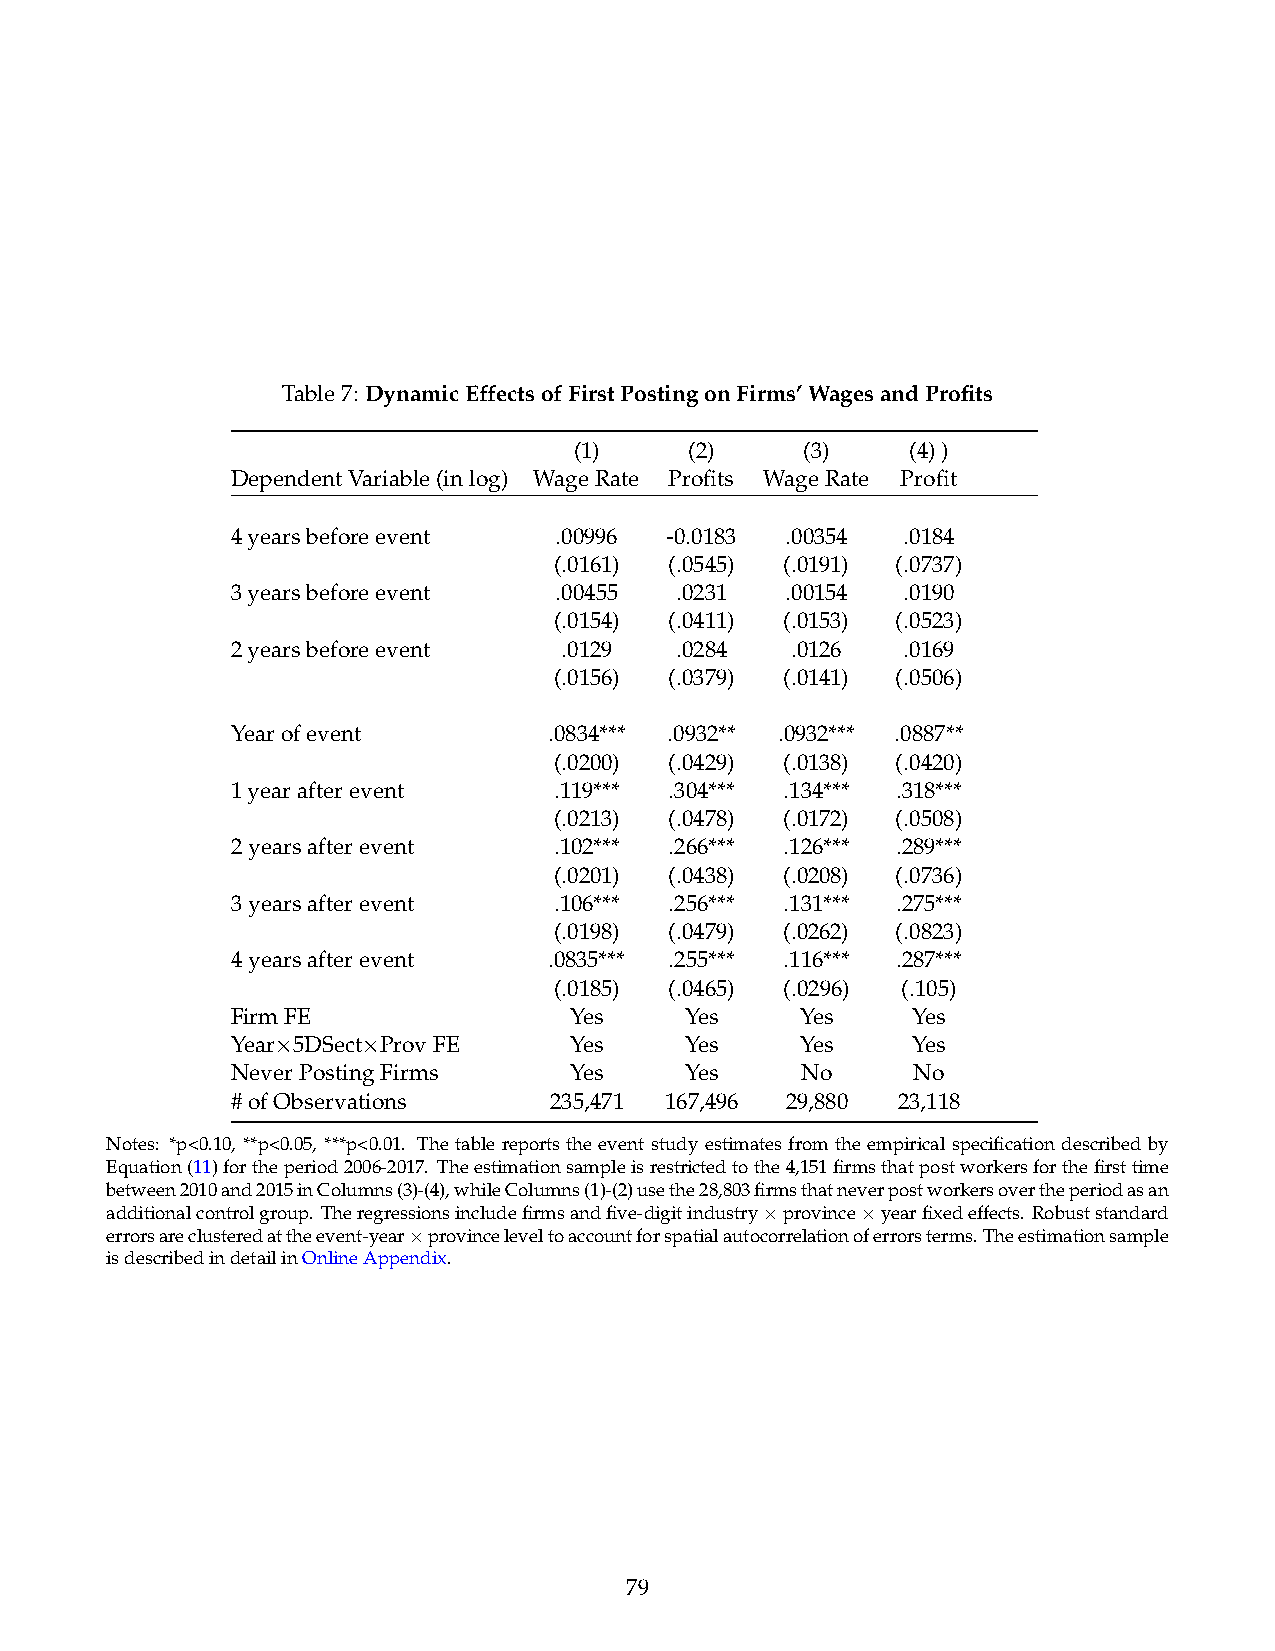
Table7: DynamicEffectsofFirstPostingonFirms’WagesandProfits
 (1)     (2)    (3)    (4))
 DependentVariable(inlog) WageRate Profits WageRate Profit
 4yearsbeforeevent     .00996 -0.0183 .00354  .0184
 (.0161) (.0545) (.0191) (.0737)
 3yearsbeforeevent     .00455  .0231  .00154  .0190
 (.0154) (.0411) (.0153) (.0523)
 2yearsbeforeevent     .0129   .0284  .0126   .0169
 (.0156) (.0379) (.0141) (.0506)
 Yearofevent          .0834*** .0932** .0932*** .0887**
 (.0200) (.0429) (.0138) (.0420)
 1yearafterevent       .119*** .304*** .134*** .318***
 (.0213) (.0478) (.0172) (.0508)
 2yearsafterevent      .102*** .266*** .126*** .289***
 (.0201) (.0438) (.0208) (.0736)
 3yearsafterevent      .106*** .256*** .131*** .275***
 (.0198) (.0479) (.0262) (.0823)
 4yearsafterevent     .0835*** .255*** .116*** .287***
 (.0185) (.0465) (.0296) (.105)
 FirmFE                 Yes    Yes     Yes    Yes
 Year 5DSect ProvFE     Yes    Yes     Yes    Yes
 ⇥     ⇥
 NeverPostingFirms      Yes    Yes     No     No
 #ofObservations      235,471 167,496 29,880 23,118
 Notes: *p<0.10, **p<0.05, ***p<0.01. The table reports the event study estimates from the empirical specification described by
 Equation(11)fortheperiod2006-2017. Theestimationsampleisrestrictedtothe4,151firmsthatpostworkersforthefirsttime
 between2010and2015inColumns(3)-(4),whileColumns(1)-(2)usethe28,803firmsthatneverpostworkersovertheperiodasan
 additionalcontrolgroup. Theregressionsincludefirmsandfive-digitindustry province yearfixedeffects. Robuststandard
 ⇥     ⇥
 errorsareclusteredattheevent-year provinceleveltoaccountforspatialautocorrelationoferrorsterms.Theestimationsample
 ⇥
 isdescribedindetailinOnlineAppendix.
 79